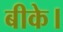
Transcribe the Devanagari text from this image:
बीके।